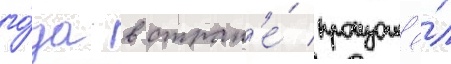
го́да в стран'е́ произошё́л